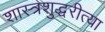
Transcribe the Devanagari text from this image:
शास्त्रशुद्धरीत्या